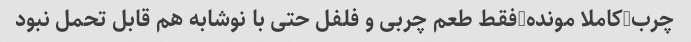
چرب-کاملا مونده-فقط طعم چربی و فلفل حتی با نوشابه هم قابل تحمل نبود